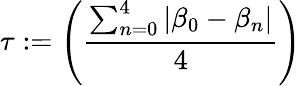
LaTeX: \tau:=\left(\frac{\sum_{n=0}^{4}|\beta_{0}-\beta_{n}|}{4}\right)